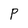
Character: P